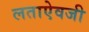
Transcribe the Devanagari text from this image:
लताऐवजी